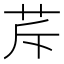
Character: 𦭐